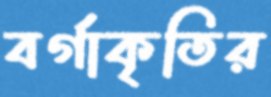
বর্গাকৃতির